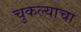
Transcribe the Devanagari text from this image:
चुकल्याचा